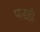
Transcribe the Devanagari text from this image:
पासही